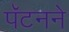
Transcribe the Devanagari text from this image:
पॅटनने